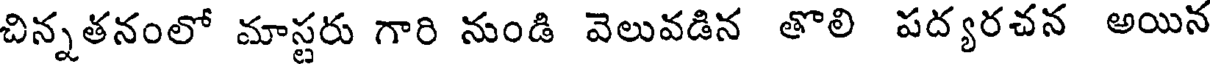
చిన్నతనంలో మాస్టరు గారి నుండి వెలువడిన తొలి పద్యరచన అయిన